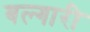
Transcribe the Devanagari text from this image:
बल्गारी